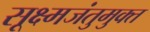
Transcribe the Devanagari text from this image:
सूक्ष्मजंतुमुक्त